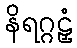
နိရဂ္ဂဠှံ